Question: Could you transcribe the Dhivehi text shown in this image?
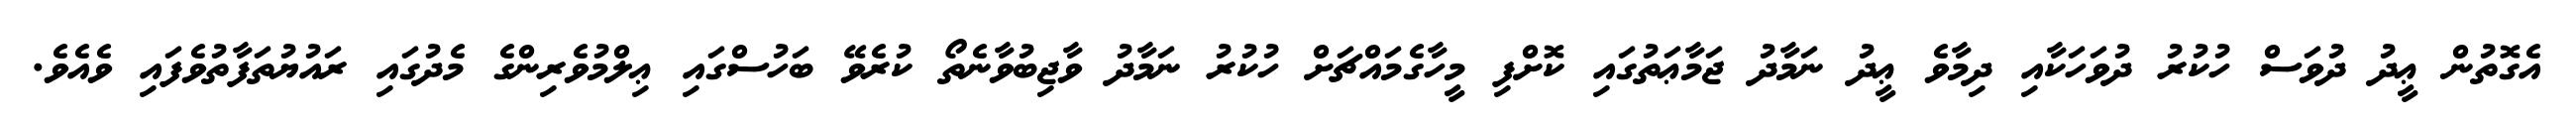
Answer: އެގޮތުން ޢީދު ދުވަސް ހުކުރު ދުވަހަކާއި ދިމާވެ ޢީދު ނަމާދު ޖަމާޢަތުގައި ކޮށްފި މީހާގެމައްޗަށް ހުކުރު ނަމާދު ވާޖިބުވާނެތޯ ކުރެވޭ ބަހުސްގައި ޢިލްމުވެރިންގެ މެދުގައި ރައުޔުތަފާތުވެފައި ވެއެވެ.